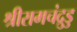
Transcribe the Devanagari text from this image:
श्रीरामचंद्रुडु